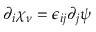
\partial _ { i } \chi _ { \nu } = \epsilon _ { i j } \partial _ { j } \psi